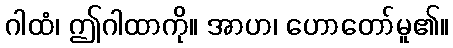
ဂါထံ၊ ဤဂါထာကို။ အာဟ၊ ဟောတော်မူ၏။